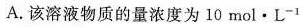
A.该溶液物质的量浓度为10mol \cdot L^{-1}